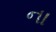
ના